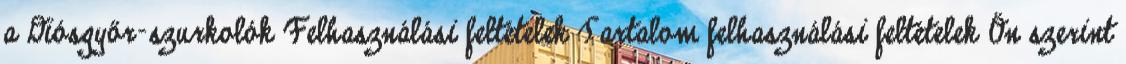
a Diósgyőr-szurkolók Felhasználási feltételek Tartalom felhasználási feltételek Ön szerint